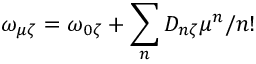
\omega _ { \mu \zeta } = \omega _ { 0 \zeta } + \sum _ { n } D _ { n \zeta } \mu ^ { n } / n !